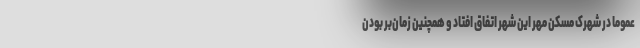
عموما در شهرک مسکن مهر این شهر اتفاق افتاد و همچنین زمان‌بر بودن